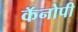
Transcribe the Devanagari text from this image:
कॅनोपी